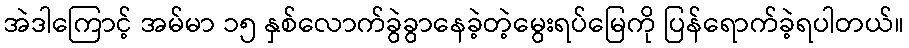
အဲဒါကြောင့် အမ်မာ ၁၅ နှစ်လောက်ခွဲခွာနေခဲ့တဲ့မွေးရပ်မြေကို ပြန်ရောက်ခဲ့ရပါတယ်။